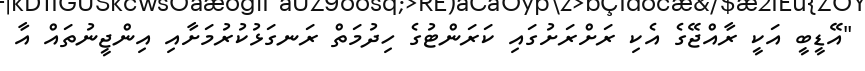
"އޭޑީބީ އަކީ ރާއްޖޭގެ އެކި ރަށްރަށުގައި ކަރަންޓުގެ ހިދުމަތް ރަނގަޅުކުރުމަށާއި އިންޖީނުތައް އާ